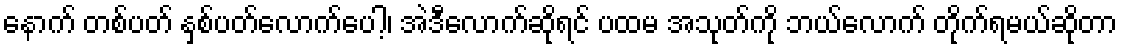
နောက် တစ်ပတ် နှစ်ပတ်လောက်ပေါ့၊ အဲဒီလောက်ဆိုရင် ပထမ အသုတ်ကို ဘယ်လောက် တိုက်ရမယ်ဆိုတာ